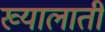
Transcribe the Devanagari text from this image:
ख्यालाती